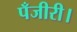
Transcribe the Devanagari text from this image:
पँजीरी।